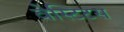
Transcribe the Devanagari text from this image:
वेस्टिटस